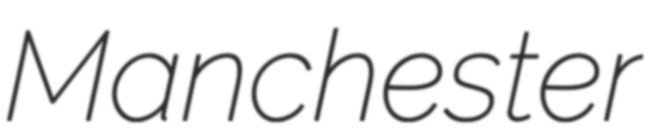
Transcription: Manchester